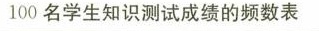
100名学生知识测试成绩的频数表